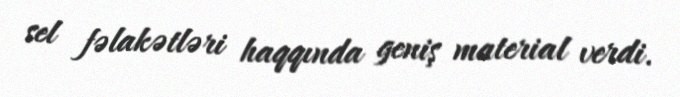
sel fəlakətləri haqqında geniş material verdi.